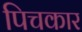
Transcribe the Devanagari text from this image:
पिचकार